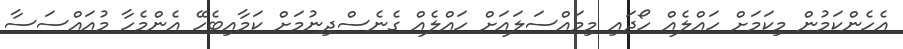
އެހެންކަމުން މިކަމަށް ހައްލެއް ހޯދައި މިމައްސަލައަށް ހައްލެއް ގެނެސްދިނުމަށް ކަމާއިބެހޭ އެންމެހާ މުއައްސަސާ